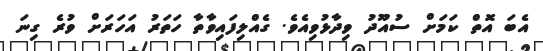
އެބަ އޮތް ކަމަށް ސުއޫދު ވިދާޅުވިއެވެ. ގެއްލިފައިވާތާ ހަތަރު އަހަރަށް ވުރެ ގިނަ